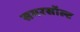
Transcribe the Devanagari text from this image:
समरसॉल्ट